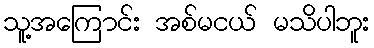
သူ့အကြောင်း အစ်မငယ် မသိပါဘူး